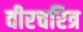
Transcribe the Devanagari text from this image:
वीरचरित्र